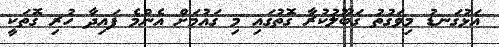
އަޅުގަނޑު މިވަގުތު ގަބޫލުކުރާ ގޮތުގައި މި ގައުމަށް އެންމެ ފައިދާ ހުރި ގޮތަކީ